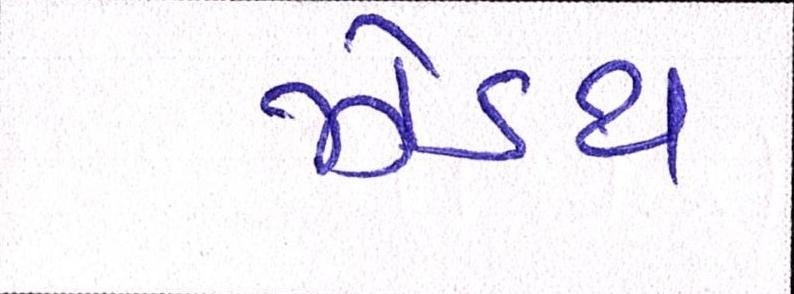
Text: ઝેંઽથ